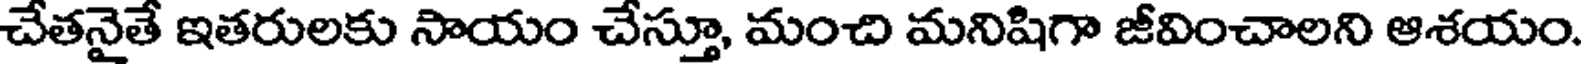
చేతనైతే ఇతరులకు సాయం చేస్తూ, మంచి మనిషిగా జీవించాలని ఆశయం